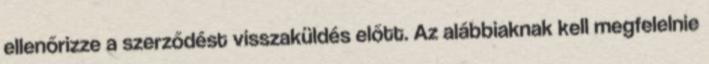
ellenőrizze a szerződést visszaküldés előtt. Az alábbiaknak kell megfelelnie